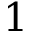
1